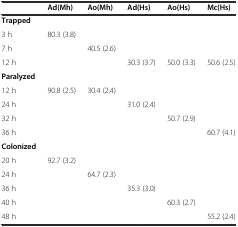
|  | Ad(Mh) | Ao(Mh) | Ad(Hs) | Ao(Hs) | Mc(Hs) |
 | --- | --- | --- | --- | --- | --- |
 | Trapped |  |  |  |  |  |
 | 3 h | 80.3 (3.8) |  |  |  |  |
 | 7 h |  | 40.5 (2.6) |  |  |  |
 | 12 h |  |  | 30.3 (3.7) | 50.0 (3.3) | 50.6 (2.5) |
 | Paralyzed |  |  |  |  |  |
 | 12 h | 90.8 (2.5) | 30.4 (2.4) |  |  |  |
 | 24 h |  |  | 31.0 (2.4) |  |  |
 | 32 h |  |  |  | 50.7 (2.9) |  |
 | 36 h |  |  |  |  | 60.7 (4.1) |
 | Colonized |  |  |  |  |  |
 | 20 h | 92.7 (3.2) |  |  |  |  |
 | 24 h |  | 64.7 (2.3) |  |  |  |
 | 36 h |  |  | 35.3 (3.0) |  |  |
 | 40 h |  |  |  | 60.3 (2.7) |  |
 | 48 h |  |  |  |  | 55.2 (2.4) |